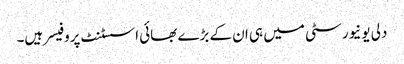
دلی یونیورسٹی میں ہی ان کے بڑے بھائی اسسٹنٹ پروفیسر ہیں۔